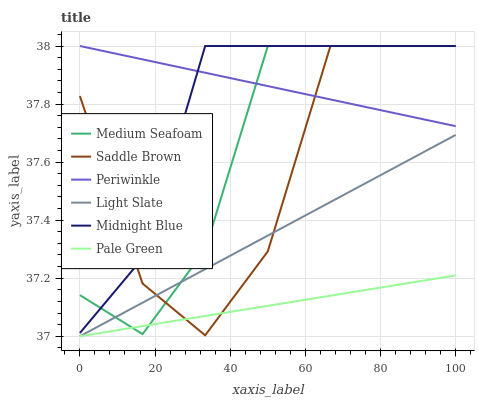
| xaxis_label | Medium Seafoam | Saddle Brown | Periwinkle | Light Slate | Midnight Blue | Pale Green |
 | --- | --- | --- | --- | --- | --- | --- |
 | 0 | 37.1 | 37.8 | 38 | 37 | 37 | 37 |
 | 16.7 | 37 | 37.2 | 38 | 37.1 | 37.3 | 37 |
 | 33.3 | 37.3 | 37 | 37.9 | 37.2 | 38 | 37.1 |
 | 50 | 38 | 37.3 | 37.9 | 37.3 | 38 | 37.1 |
 | 66.7 | 38 | 38 | 37.8 | 37.5 | 38 | 37.1 |
 | 83.3 | 38 | 38 | 37.8 | 37.6 | 38 | 37.2 |
 | 100 | 38 | 38 | 37.7 | 37.7 | 38 | 37.2 |